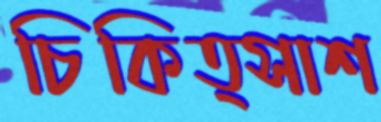
চিকিত্সাশ